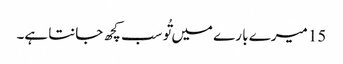
15 میرے با رے میں تُو سب کچھ جانتا ہے۔